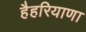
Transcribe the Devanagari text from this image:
हैहरियाणा